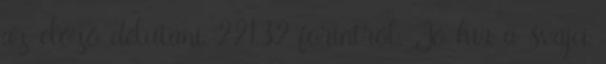
az előző délutáni 221,32 forintról. Jó hír a svájci